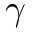
\gamma